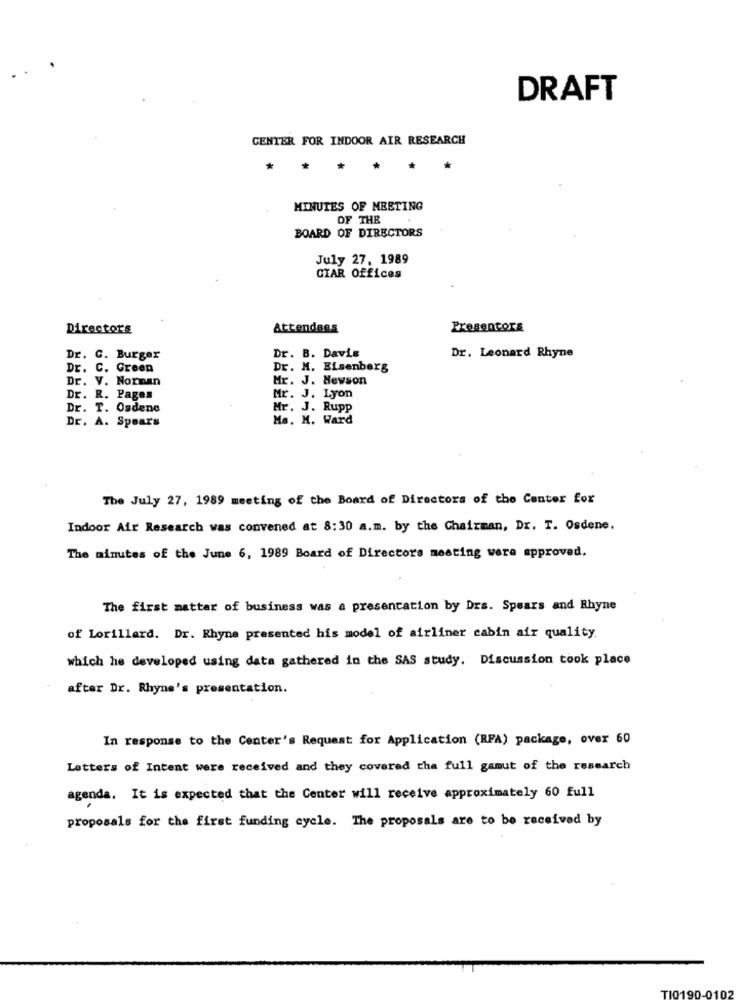
DRAFT
CENTER FOR INDOOR AIR RESEARCH
MINUTES OF MEETING
OF THE
BOARD OF DIRECTORS
July 27. 1989
CIAR Offices
Directors
Attendees
Presentors
Dr. G. Burger
Dr. B. Davis
Dr. Leonard Rhyne
Dr. C. Green
Dr. M. Eisenberg
Dr. V. Norman
Mr. J. Hewson
Dr. R. Pages
Mr. J. Lyon
Dr. T. Osdene
Mr. J. Rupp
Dr. A. Spears
Ma. M. Ward
The July 27, 1989 meeting of the Board of Directors of the Center for
Indoor Air Research was convened at 8:30 a.m. by the Chairman, Dr. T. Osdene.
The minutes of the June 6, 1989 Board of Directors meeting were approved.
The first matter of business was a presentation by Drs. Spears and Rhyne
of Lorillard. Dr. Rhyne presented his model of airliner cabin air quality.
which he developed using data gathered in the SAS study. Discussion took place
after Dr. Rhyne's presentation.
In response to the Center's Request for Application (RFA) package, over 60
Letters of Intent were received and they covered the full gamut of the research
agenda. It is expected that the Center will receive approximately 60 full
proposals for the first funding cycle. The proposals are to be received by